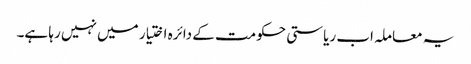
یہ معاملہ اب ریاستی حکومت کے دائرہ اختیار میں نہیں رہا ہے۔